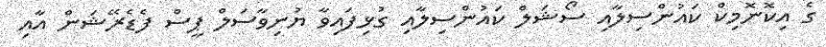
ގެ އިކޮނޮމިކް ކައުންސިލާއި ސޯޝަލް ކައުންސިލާއި ގުޅިފައިވާ ޔުނިވާސަލް ޕީސް ފެޑެރޭޝަން އާއި